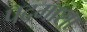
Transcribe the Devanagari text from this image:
पदमाशा